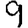
Digit: 9